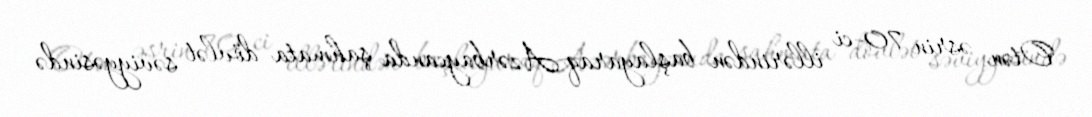
Otən əsrin 70-ci illərindən başlayaraq Azərbaycanda şahmata dövlət səviyyəsində